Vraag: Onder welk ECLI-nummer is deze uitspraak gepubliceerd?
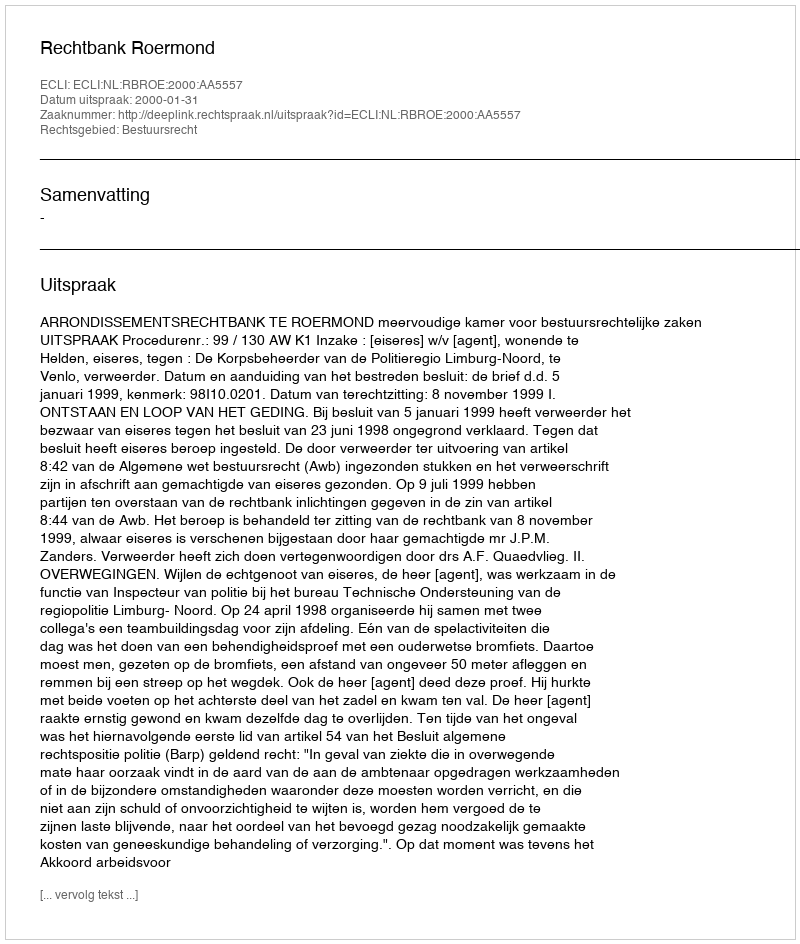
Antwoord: ECLI:NL:RBROE:2000:AA5557